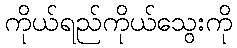
ကိုယ်ရည်ကိုယ်သွေးကို